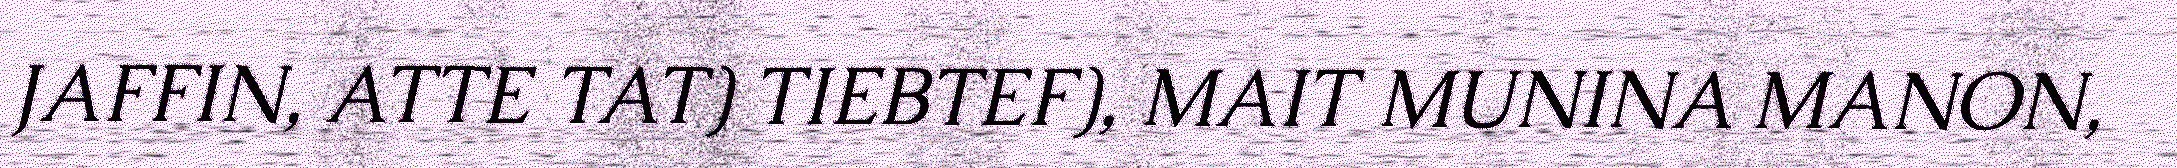
JAFFIN, ATTE TAT) TIEBTEF), MAIT MUNINA MANON,